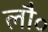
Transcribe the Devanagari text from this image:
लौ॰